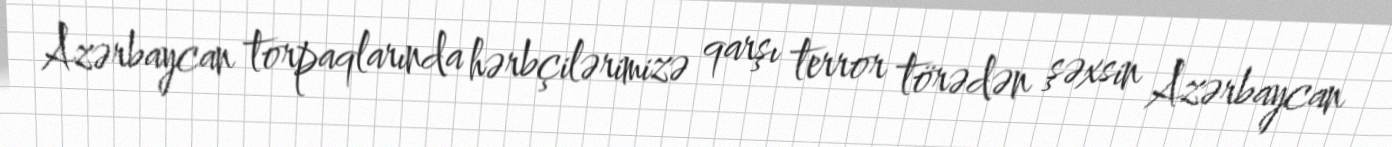
Azərbaycan torpaqlarında hərbçilərimizə qarşı terror törədən şəxsin Azərbaycan